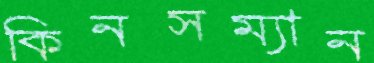
কিনসম্যান